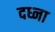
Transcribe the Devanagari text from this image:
दध्ना